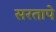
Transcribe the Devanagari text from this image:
सरतापे